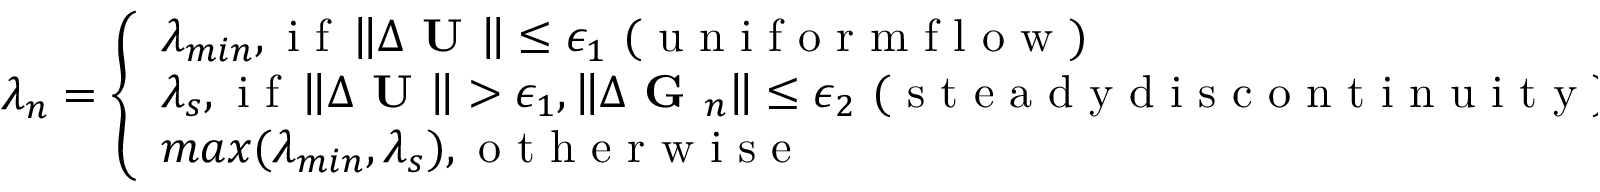
\lambda _ { n } = \left\{ \begin{array} { l } { \lambda _ { m i n } , \mathrm { ~ i ~ f ~ } \left\| \Delta \textbf { U } \right\| \leq \epsilon _ { 1 } \mathrm { ~ ( ~ u ~ n ~ i ~ f ~ o ~ r ~ m ~ f ~ l ~ o ~ w ~ ) ~ } } \\ { \lambda _ { s } , \mathrm { ~ i ~ f ~ } \left\| \Delta \textbf { U } \right\| > \epsilon _ { 1 } , \left\| \Delta \textbf { G } _ { n } \right\| \leq \epsilon _ { 2 } \mathrm { ~ ( ~ s ~ t ~ e ~ a ~ d ~ y ~ d ~ i ~ s ~ c ~ o ~ n ~ t ~ i ~ n ~ u ~ i ~ t ~ y ~ ) ~ } } \\ { m a x ( \lambda _ { m i n } , \lambda _ { s } ) , \mathrm { ~ o ~ t ~ h ~ e ~ r ~ w ~ i ~ s ~ e ~ } } \end{array} \right\}